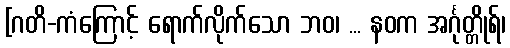
[ဂတိ-ကံကြောင့် ရောက်လိုက်သော ဘဝ၊ ... နဝက အင်္ဂုတ္တိုရ်၊